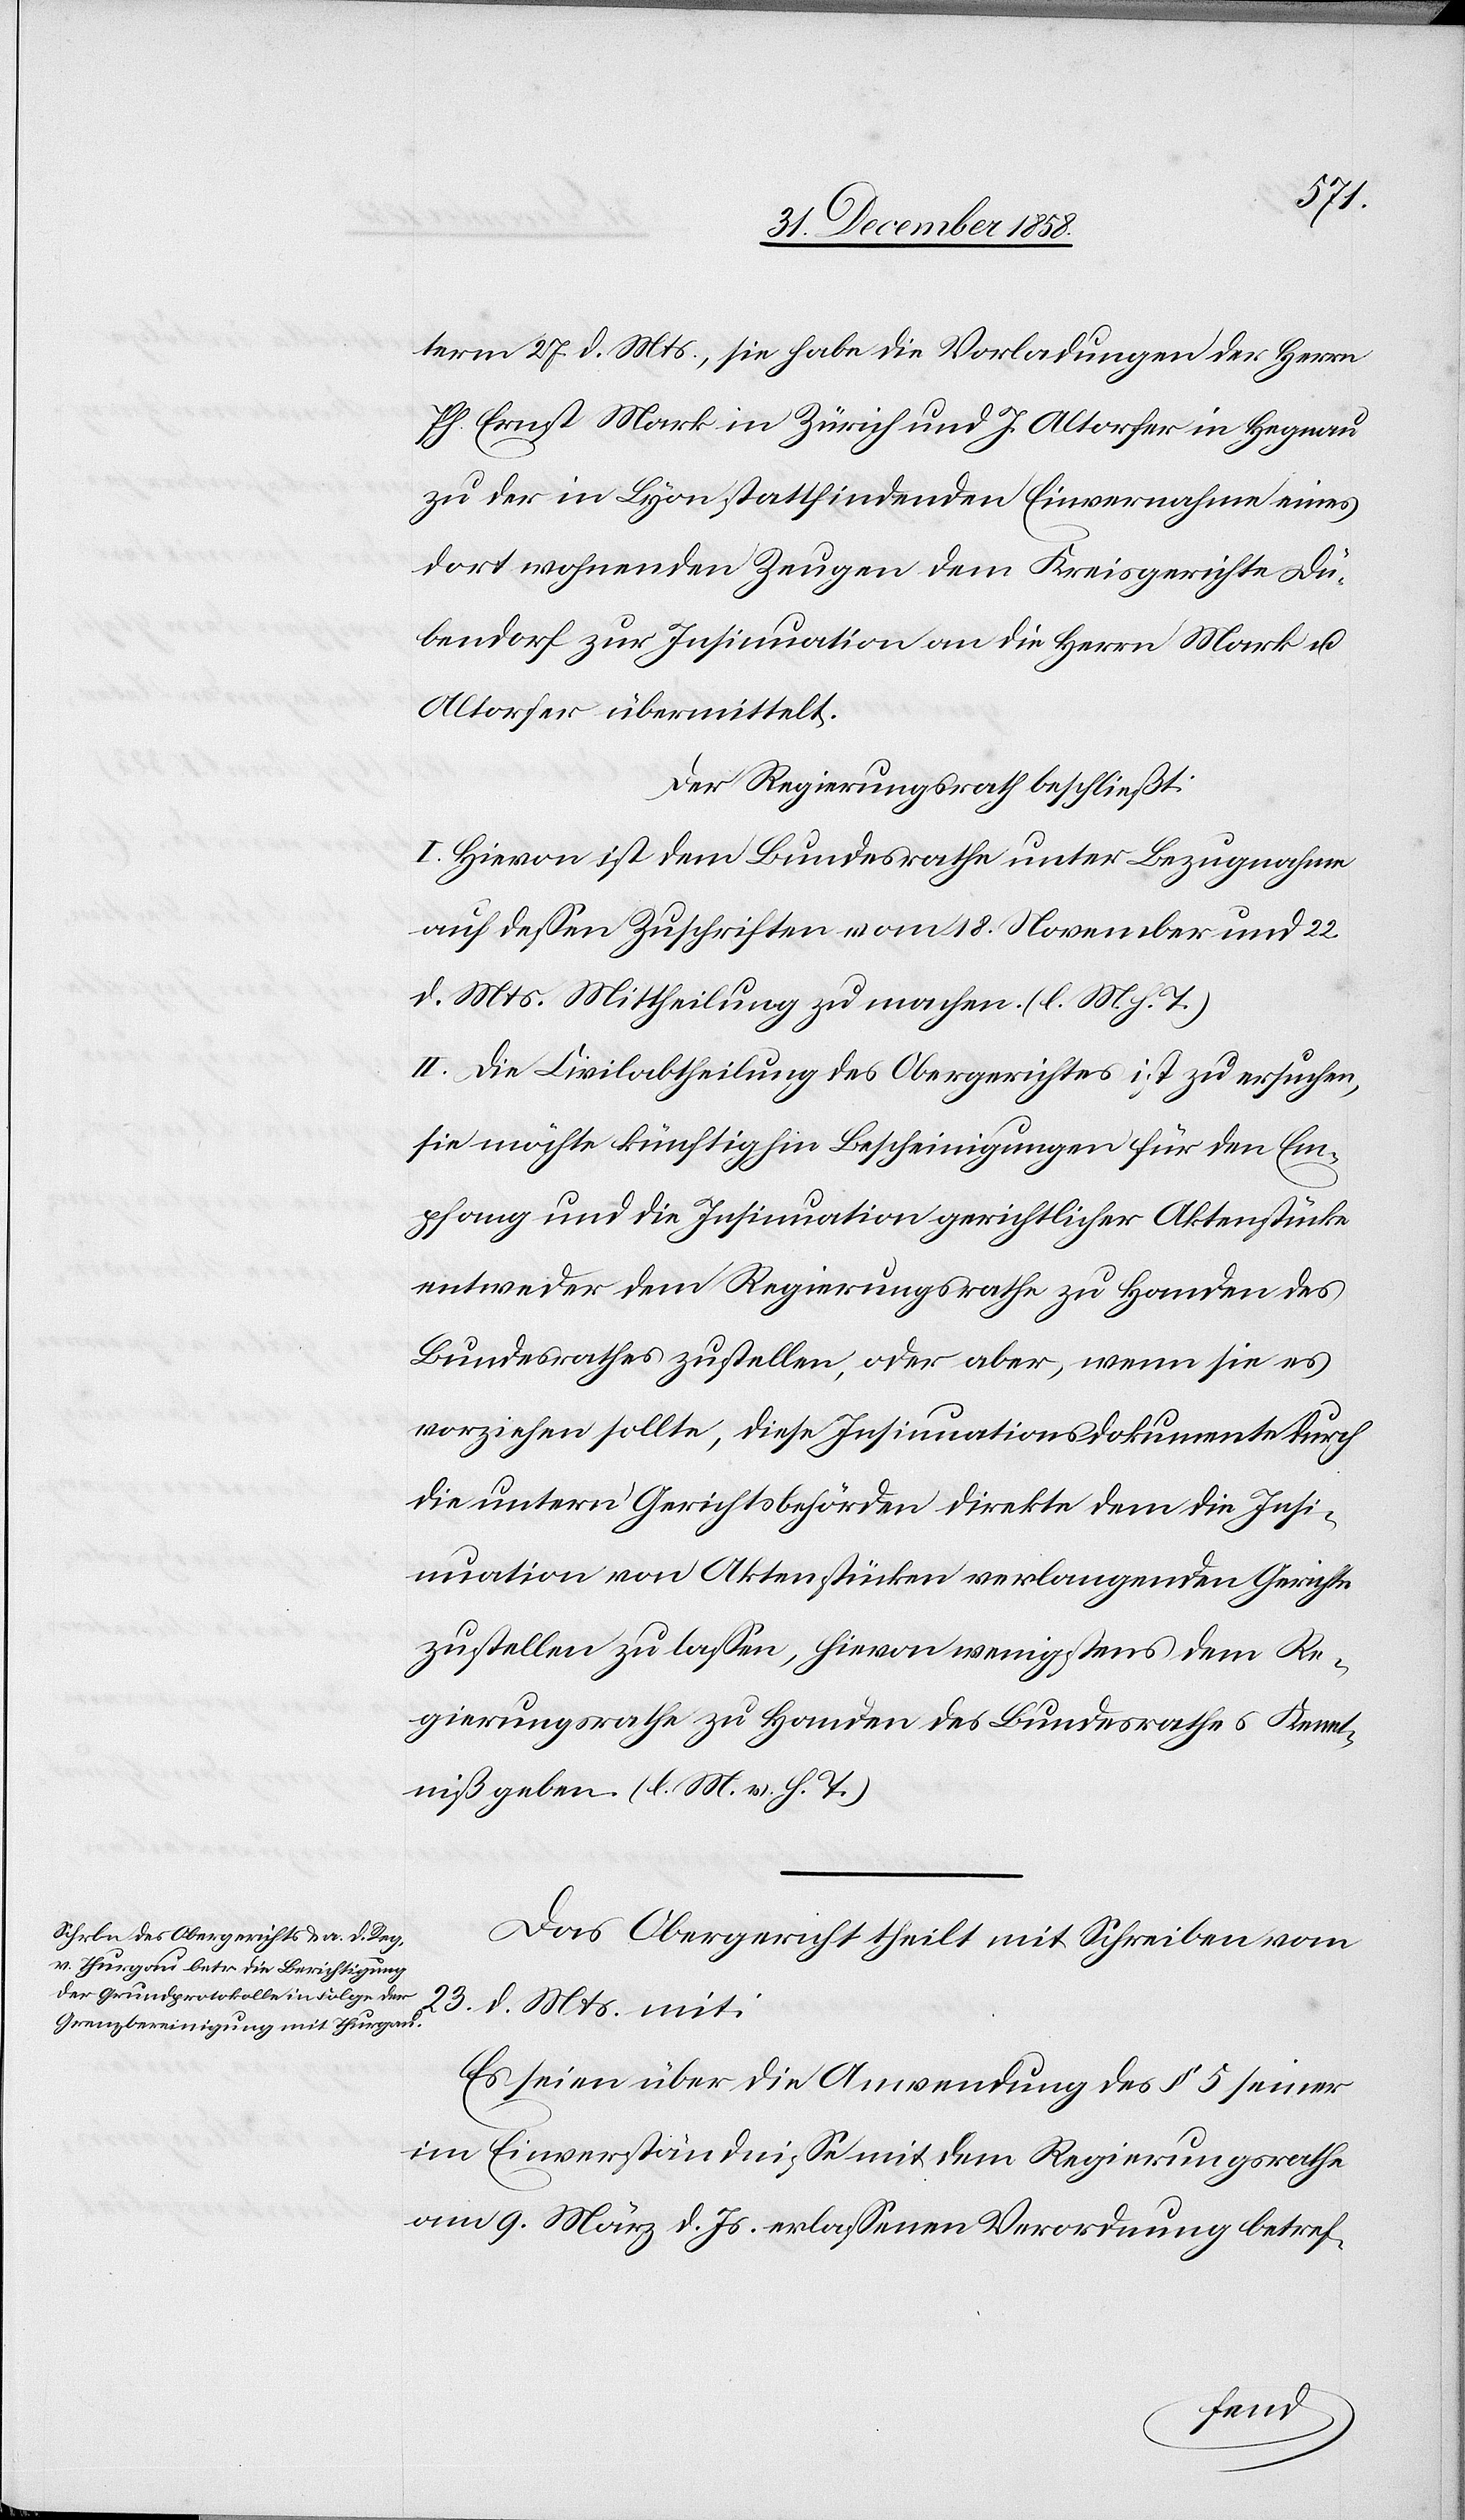
die
und